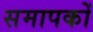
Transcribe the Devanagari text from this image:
समापकों